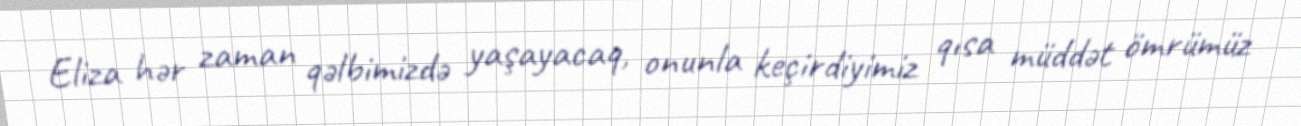
Eliza hər zaman qəlbimizdə yaşayacaq, onunla keçirdiyimiz qısa müddət ömrümüz